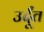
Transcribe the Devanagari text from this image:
उर्दूंत